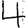
Digit: 4